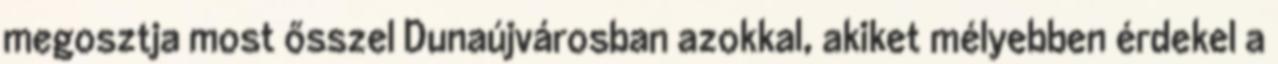
megosztja most ősszel Dunaújvárosban azokkal, akiket mélyebben érdekel a